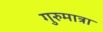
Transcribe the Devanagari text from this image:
गुरुमात्रा